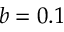
b = 0 . 1